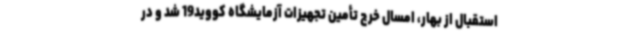
استقبال از بهار، امسال خرج تأمین تجهیزات آزمایشگاه کووید19 شد و در